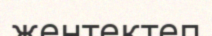
жентектеп